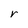
Character: r